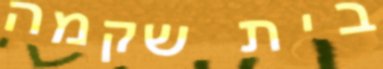
בית שקמה